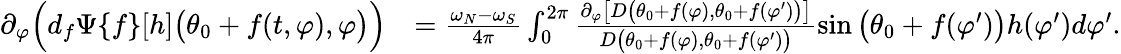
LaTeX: \begin{array}{rl}{\partial_{\varphi}\Big(d_{f}\Psi\{ f\} [h]\big(\theta_{0}+f(t,\varphi),\varphi\big)\Big)}&{=\frac{\omega_{N}-\omega_{S}}{4\pi}\int_{0}^{2\pi}\frac{\partial_{\varphi}\big[D\big(\theta_{0}+f(\varphi),\theta_{0}+f(\varphi^{\prime})\big)\big]}{D\big(\theta_{0}+f(\varphi),\theta_{0}+f(\varphi^{\prime})\big)}\sin\big(\theta_{0}+f(\varphi^{\prime})\big)h(\varphi^{\prime})d\varphi^{\prime}.}\end{array}